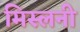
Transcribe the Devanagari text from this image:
मिस्लनी